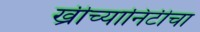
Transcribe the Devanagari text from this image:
ख्रीच्यानिटीचा